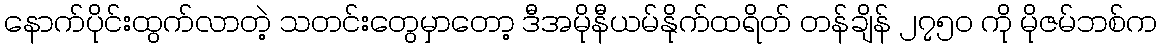
နောက်ပိုင်းထွက်လာတဲ့ သတင်းတွေမှာတော့ ဒီအမိုနီယမ်နိုက်ထရိတ် တန်ချိန် ၂၇၅၀ ကို မိုဇမ်ဘစ်က